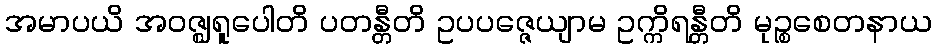
အမာပယိ အဝဇ္ဈရူပေါတိ ပတန္တီတိ ဥပပဇ္ဇေယျာမ ဥက္ကိရန္တီတိ မုဉ္စစေတနာယ